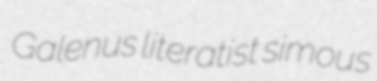
Galenus literatist simous